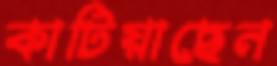
কাটিয়াছেন